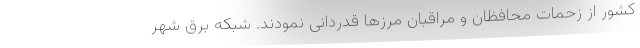
کشور از زحمات محافظان و مراقبان مرزها قدردانی نمودند. شبکه برق شهر